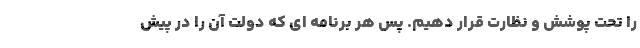
را تحت پوشش و نظارت قرار دهیم. پس هر برنامه ای که دولت آن را در پیش